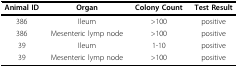
| Animal ID | Organ | Colony Count | Test Result |
 | --- | --- | --- | --- |
 | 386 | Ileum | > 100 | positive |
 | 386 | Mesenteric lymp node | > 100 | positive |
 | 39 | Ileum | 1-10 | positive |
 | 39 | Mesenteric lymp node | > 100 | positive |